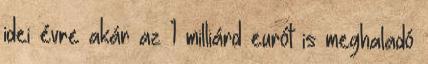
idei évre akár az 1 milliárd eurót is meghaladó